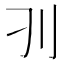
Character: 𰄚